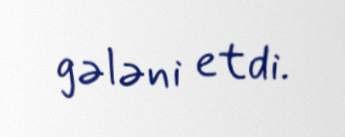
gələni etdi.